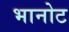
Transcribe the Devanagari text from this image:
भानोट